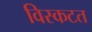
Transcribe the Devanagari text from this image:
विस्कटत